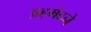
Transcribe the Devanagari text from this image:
अहमंदने